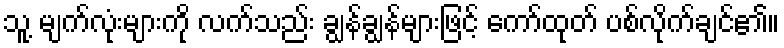
သူ့ မျက်လုံးများကို လက်သည်း ချွန်ချွန်များဖြင့် ကော်ထုတ် ပစ်လိုက်ချင်၏။